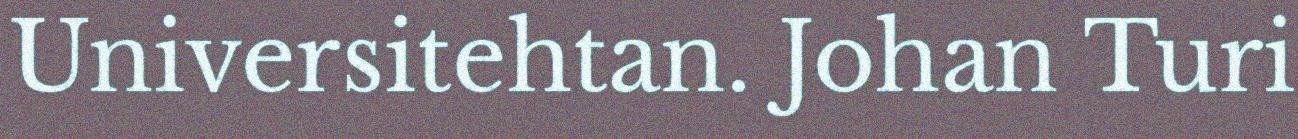
Universitehtan. Johan Turi